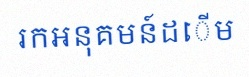
រកអនុគមន៍ដើម